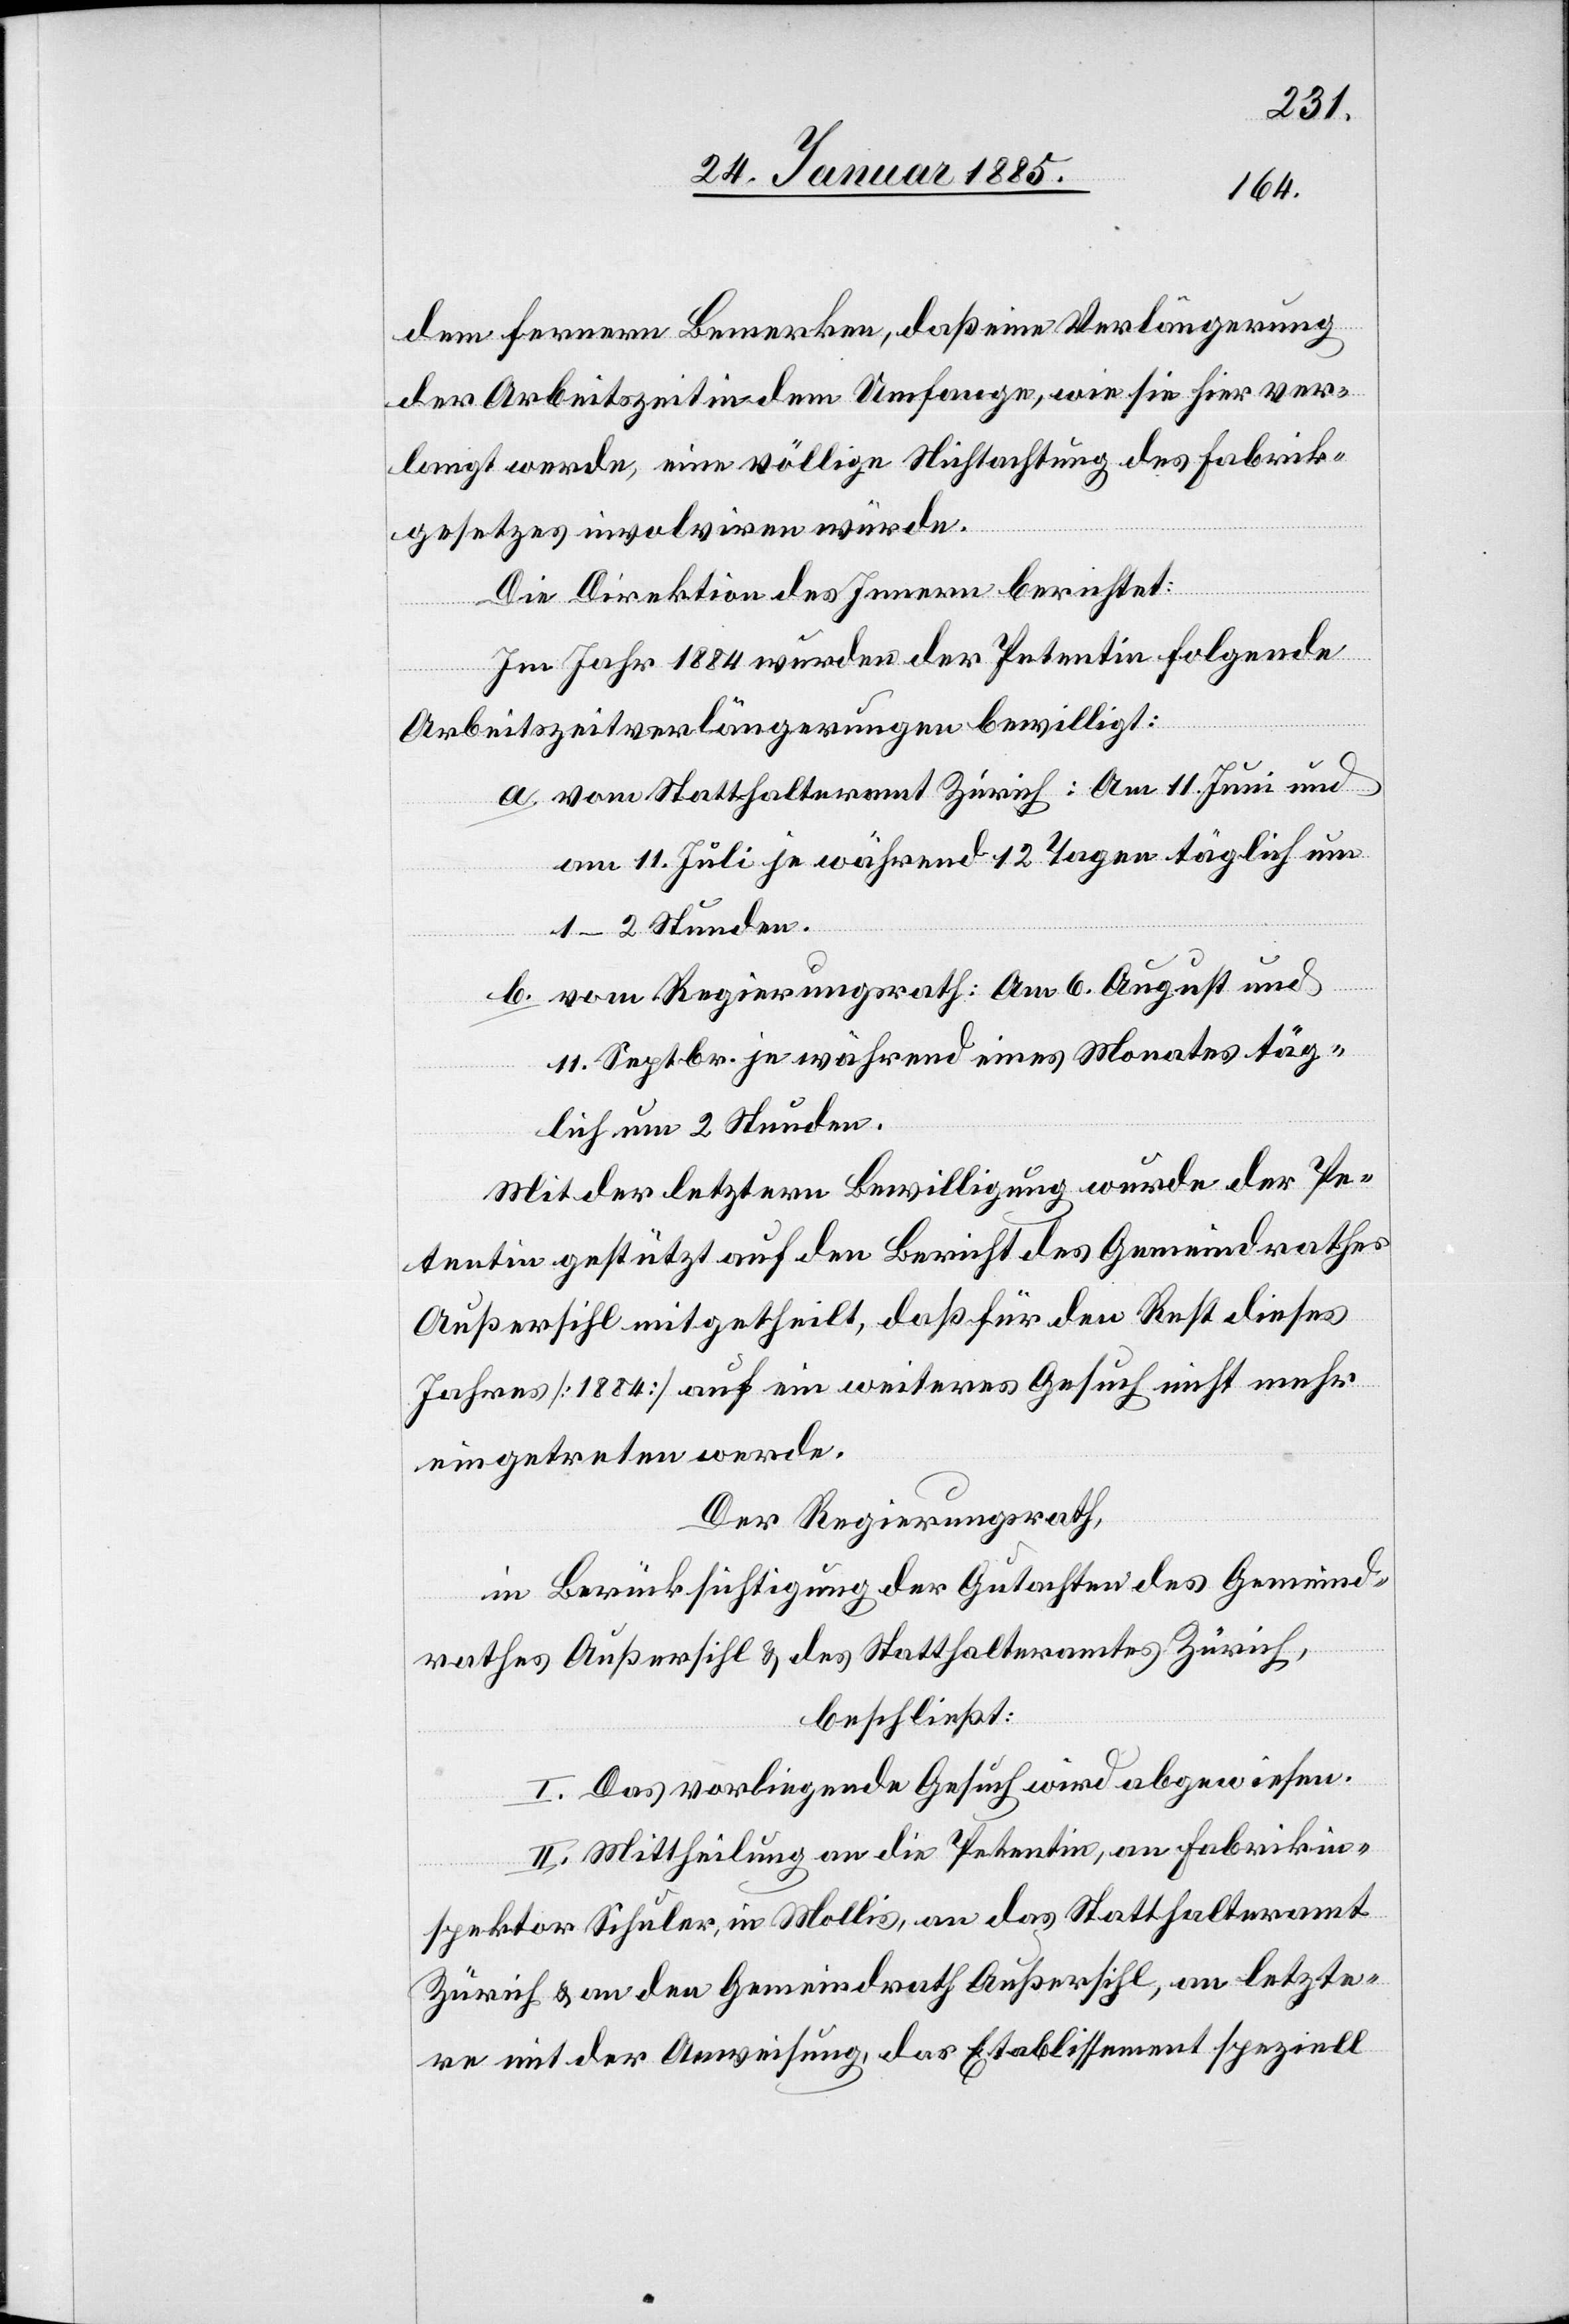
dem fernern Bemerken, daß eine Verlängerung
der Arbeitszeit in dem Umfange, wie sie hier ver¬
langt werde, eine völlige Nichtachtung des Fabrik¬
gesetzes involviren würde.
Die Direktion des Innern berichtet:
Im Jahr 1884 wurden der Petentin folgende
Arbeitszeitverlängerungen bewilligt:
a. vom Statthalteramt Zürich: Am 11. Juni und
am 11. Juli je während 12 Tagen täglich
1–2 Stunden.
b. vom Regierungsrath: Am 6. August und
11. Septbr. je während eines Monats täg¬
lich um 2 Stunden.
Mit der letztern Bewilligung wurde der Pe¬
tentin gestützt auf den Bericht des Gemeindrathes
Außersihl mitgetheilt, daß für den Rest dieses
Jahres [1884] auf ein weiteres Gesuch nicht mehr
eingetreten werde.
Der Regierungsrath,
in Berücksichtigung der Gutachten des Gemeind¬
rathes Außersihl & des Statthalteramtes Zürich,
beschließt:
I. Das vorliegende Gesuch wird abgewiesen.
II. Mittheilung an die Petentin, an Fabrikin¬
spektor Schuler, in Mollis, an das Statthalteramt
Zürich & an den Gemeindrath Außersihl, an letzte¬
re mit der Anweisung, das Etablissement speziell